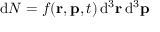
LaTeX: { \mathrm { d } } N = f ( \mathbf { r } , \mathbf { p } , t ) \, { \mathrm { d } } ^ { 3 } \mathbf { r } \, { \mathrm { d } } ^ { 3 } \mathbf { p }